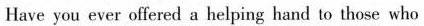
Have you ever offered a helping hand to those who